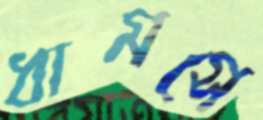
ধামসে